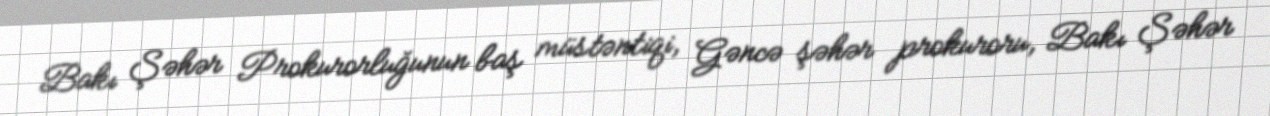
Bakı Şəhər Prokurorluğunun baş müstəntiqi, Gəncə şəhər prokuroru, Bakı Şəhər